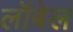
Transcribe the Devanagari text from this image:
लॉबेल